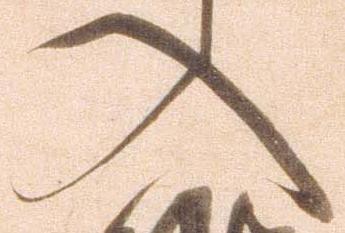
入